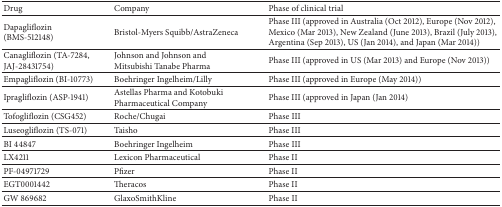
<table><thead><tr><td><b>Drug</b></td><td><b>Company</b></td><td><b>Phase of clinical trial</b></td></tr></thead><tbody><tr><td>Dapagliflozin (BMS-512148)</td><td>Bristol-Myers Squibb/AstraZeneca</td><td>Phase III (approved in Australia (Oct 2012), Europe (Nov 2012), Mexico (Mar 2013), New Zealand (June 2013), Brazil (July 2013), Argentina (Sep 2013), US (Jan 2014), and Japan (Mar 2014))</td></tr><tr><td>Canagliflozin (TA-7284, JAJ-28431754)</td><td>Johnson and Johnson and Mitsubishi Tanabe Pharma</td><td>Phase III (approved in US (Mar 2013) and Europe (Nov 2013))</td></tr><tr><td>Empagliflozin (BI-10773)</td><td>Boehringer Ingelheim/Lilly</td><td>Phase III (approved in Europe (May 2014))</td></tr><tr><td>Ipragliflozin (ASP-1941)</td><td>Astellas Pharma and Kotobuki Pharmaceutical Company</td><td>Phase III (approved in Japan (Jan 2014)</td></tr><tr><td>Tofogliflozin (CSG452)</td><td>Roche/Chugai</td><td>Phase III</td></tr><tr><td>Luseogliflozin (TS-071)</td><td>Taisho</td><td>Phase III</td></tr><tr><td>BI 44847</td><td>Boehringer Ingelheim</td><td>Phase III</td></tr><tr><td>LX4211</td><td>Lexicon Pharmaceutical</td><td>Phase II</td></tr><tr><td>PF-04971729</td><td>Pfizer</td><td>Phase II</td></tr><tr><td>EGT0001442</td><td>Theracos</td><td>Phase II</td></tr><tr><td>GW 869682 </td><td>GlaxoSmithKline</td><td>Phase II</td></tr></tbody></table>